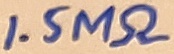
Text: 1.5MΩ